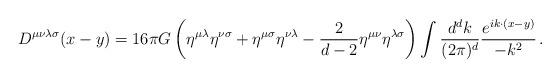
LaTeX: \begin{align*}D^{\mu\nu\lambda\sigma}(x-y) = 16 \pi G \left(\eta^{\mu\lambda}\eta^{\nu\sigma} + \eta^{\mu \sigma} \eta^{\nu \lambda} - {2 \over d-2}\eta^{\mu \nu} \eta^{\lambda \sigma} \right) \int {d^dk \over (2 \pi)^d}{e^{i k \cdot (x-y)} \over - k^2}\,.\end{align*}